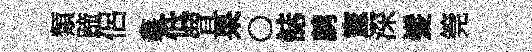
類蹄侶鑫低罝杲〇誌鹧憲深髪筦